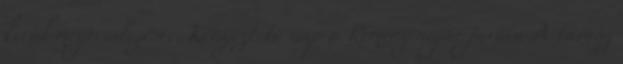
kerül megrendezésre. Kényeztető nap a Reménysugár javára A tavasz